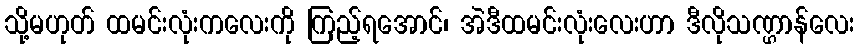
သို့မဟုတ် ထမင်းလုံးကလေးကို ကြည့်ရအောင်၊ အဲဒီထမင်းလုံးလေးဟာ ဒီလိုသဏ္ဌာန်လေး